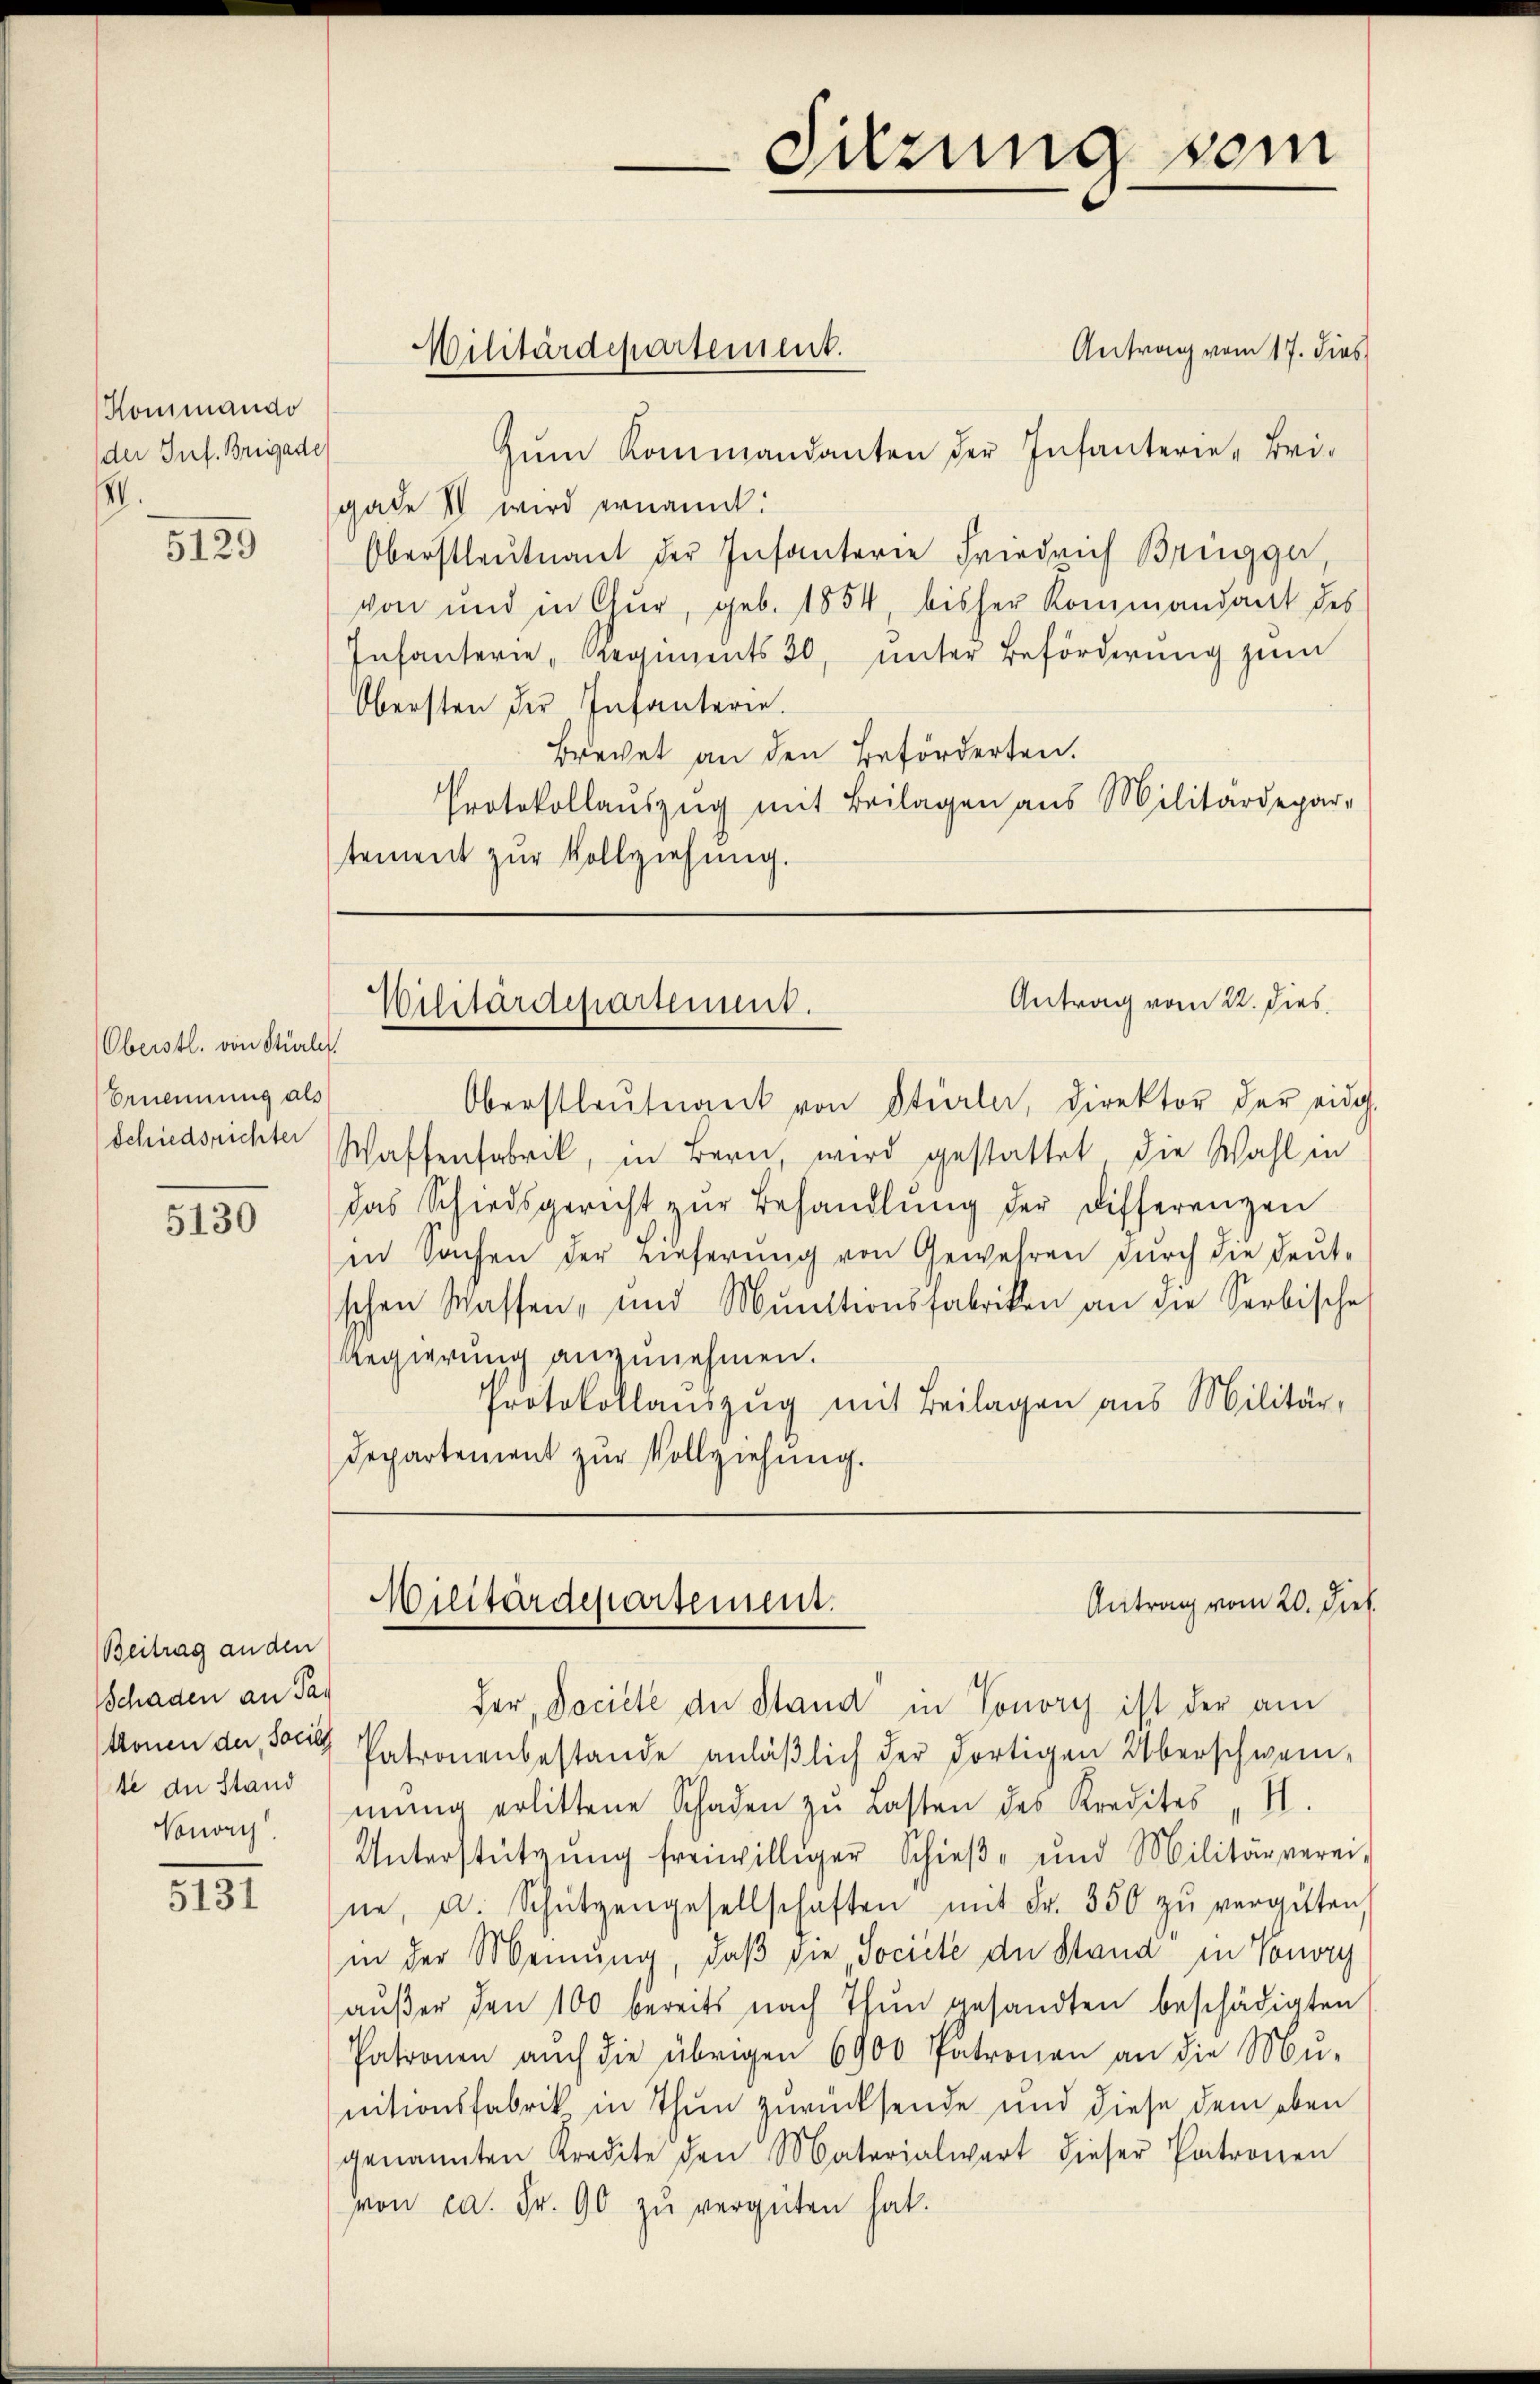
Kommando
der Inf. Brigade
V.

5129

Oberstl. von Stürle
Ernennung als
Schiedsrichter

5130

Beitrag an den
Schaden an Par
te an Stand
Nonori

5131

Antrag vom 17. dies
zŭm Kommandanten der Infanterie-Bri-
gade IV wird ernannt:
Oberstleutnant der Infanterie Friedrich Brüngger
von und in Chur, geb. 1854 bisher Kommandant des
Infanterie-Regiments 30, unter Beförderung zum
Obersten der Infanterie.
Brechet an den Beförderten.
Protokollaŭszŭg mit Beilagen aus Militärdepar-
stement zur Vollziehung.

Wilitärdepartement.

Sitzung vom

Antrag vom 22. Dies
Vilitärdepartement.

Oberstleutnant von Stürler, Direktor der eidg.
Waffenfabrik, in Bern, wird gestattet die Wahl in
das Schiedsgericht zŭr Behandlŭng der Differenzen
in Sachen der Lieferung von Gewehren durch die deut-
schen Wassen, und Muntionsfabriken an die Serbische
Regierung anzunehmen.
Protokollauszug mit Beilagen aus Militär¬
Departement zur Vollziehung.

Antrag vom 20. Dieb
Militärdepartement.

Der „Dociete der Stand in Tonory ist der am
konen der Fall Patronenbestande anläßlich der dortigen Überschweimŭng erlittene Schaden zŭ Lasten des Kredites II.
Unterstützŭng freiwilliger Schieβ- und Militärverei-
ne, u. Schützengesellschaften mit Fr. 350 zŭ vergüten,
in der Meinung, daβ die Societe der Stand in Vouvry
aŭβer den 100 bereits nach Thun gesandten beschädigten
Patronen auch die übrigen 6900 Patronen an die Mu-
nitionsfabrik in Thun zurücksende und diese dem oben
genannten Kredite den Materialwert dieser Patronen
von ca. Fr. 90 zŭ vergüten hat.